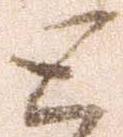
と